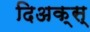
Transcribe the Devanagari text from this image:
दिअक्स्